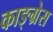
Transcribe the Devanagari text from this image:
काङ्ग्रेस